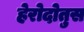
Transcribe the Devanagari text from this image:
हेरोदोतुस